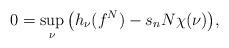
LaTeX: \begin{align*}0=\sup_\nu\big(h_\nu(f^N)- s_nN\chi(\nu)\big),\end{align*}